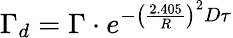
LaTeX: \Gamma_{d}=\Gamma\cdot e^{-\left(\frac{2.405}{R}\right)^{2}D\tau}